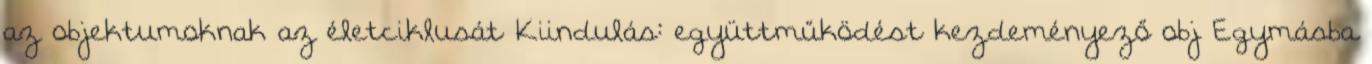
az objektumoknak az életciklusát Kiindulás: együttműködést kezdeményező obj Egymásba